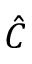
\hat { C }